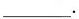
___.